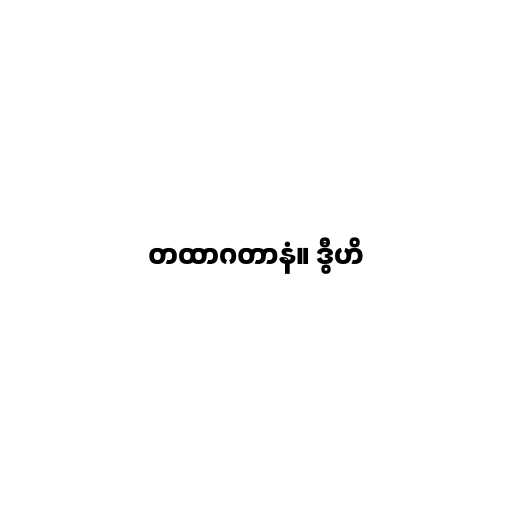
တထာဂတာနံ။ ဒွီဟိ